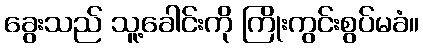
ခွေးသည် သူ့ခေါင်းကို ကြိုးကွင်းစွပ်မခံ။